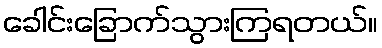
ခေါင်းခြောက်သွားကြရတယ်။